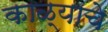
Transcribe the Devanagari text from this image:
काळ्याचे